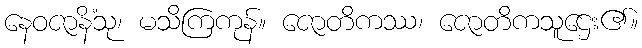
နေဝဇာနိံသု၊ မသိကြကုန်။ ဇောတိကဿ၊ ဇောတိကသူဌေး၏။